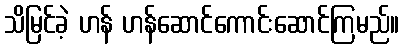
သိမြင်ခဲ့ ဟန် ဟန်ဆောင်ကောင်းဆောင်ကြမည်။